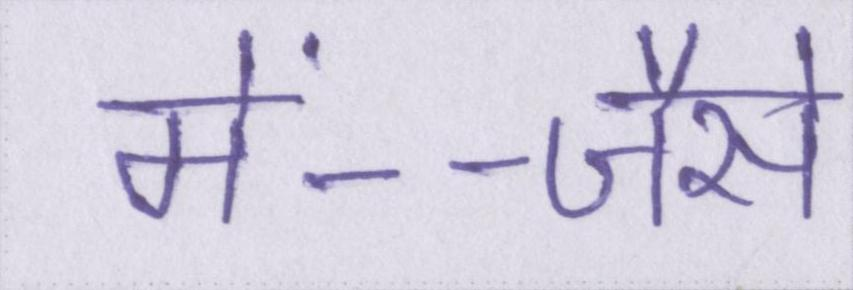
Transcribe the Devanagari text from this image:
में--जैसे